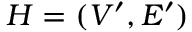
H = ( V ^ { \prime } , E ^ { \prime } )